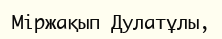
Міржақып Дулатұлы,